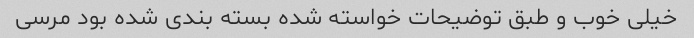
خیلی خوب و طبق توضیحات خواسته شده بسته بندی شده بود مرسی